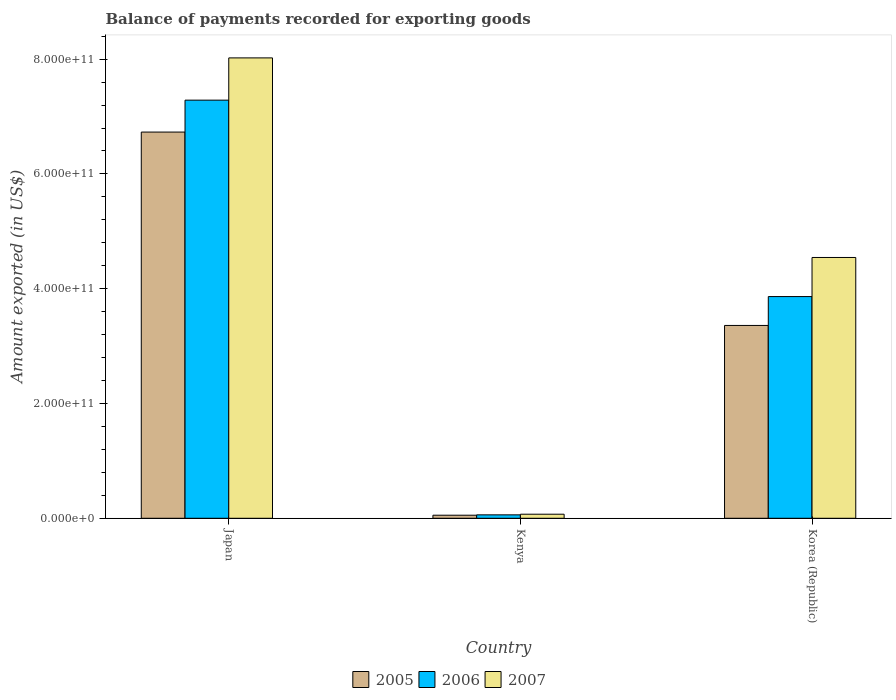
| Country | 2005 | 2006 | 2007 |
 | --- | --- | --- | --- |
 | Japan | 6.73e+11 | 7.29e+11 | 8.02e+11 |
 | Kenya | 5.34e+09 | 5.95e+09 | 7.06e+09 |
 | Korea (Republic) | 3.36e+11 | 3.86e+11 | 4.54e+11 |